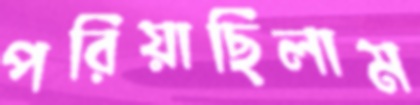
পরিয়াছিলাম